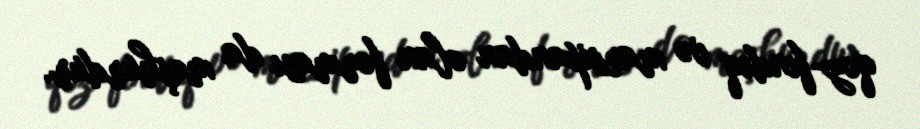
qoz-fındıq və marsipandan olan forması da məşhurdur.